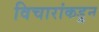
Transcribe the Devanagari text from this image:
विचारांकडून